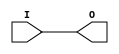
// $Header: /devl/xcs/repo/env/Databases/CAEInterfaces/verunilibs/data/unisims/IBUFG_SSTL2_I_DCI.v,v 1.5.158.1 2007/03/09 18:13:06 patrickp Exp $
///////////////////////////////////////////////////////////////////////////////
// Copyright (c) 1995/2004 Xilinx, Inc.
// All Right Reserved.
///////////////////////////////////////////////////////////////////////////////
//   ____  ____
//  /   /\/   /
// /___/  \  /    Vendor : Xilinx
// \   \   \/     Version : 8.1i (I.13)
//  \   \         Description : Xilinx Functional Simulation Library Component
//  /   /                  Input Clock Buffer with SSTL2_I_DCI I/O Standard
// /___/   /\     Filename : IBUFG_SSTL2_I_DCI.v
// \   \  /  \    Timestamp : Thu Mar 25 16:42:31 PST 2004
//  \___\/\___\
//
// Revision:
//    03/23/04 - Initial version.
// End Revision

`timescale  100 ps / 10 ps


module IBUFG_SSTL2_I_DCI (O, I);

    output O;

    input  I;

	buf B1 (O, I);


endmodule